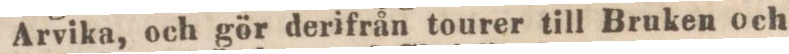
Arvika, och gör derifrån tourer till Bruken och